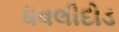
ધવલીદોડ